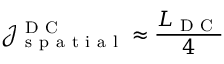
\mathcal { J } _ { \mathrm { ~ s ~ p ~ a ~ t ~ i ~ a ~ l ~ } } ^ { \mathrm { ~ D ~ C ~ } } \approx \frac { L _ { \mathrm { ~ D ~ C ~ } } } { 4 }